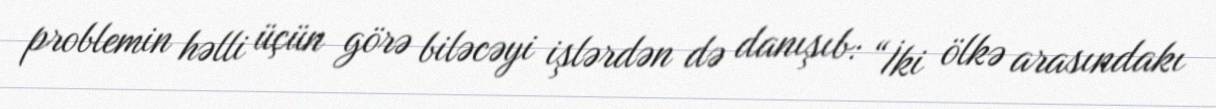
problemin həlli üçün görə biləcəyi işlərdən də danışıb: “İki ölkə arasındakı